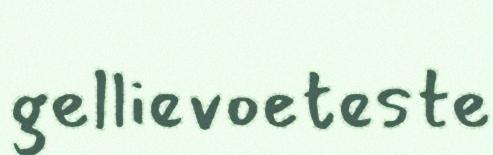
gellievoeteste